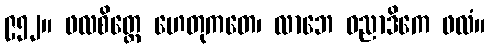
၉၅၂။ ဖလစိတ္တေ ဟေတုကတေ၊ လာဘေ ဓညာဒိကေ ဖလံ။